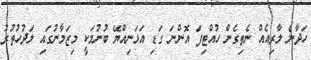
ހަދާނެ ލާރިއެއް ނެތިގެން ހުއްޓިފަ އޮންނަ ގަޑި އަޅަނިއްޔޭ ބުނުމަކީ މިޒަމާނުގައި ލަދުހުތުރު